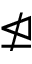
\ntrianglelefteq